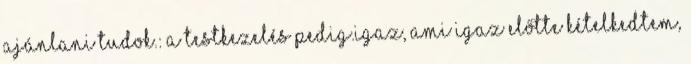
ajánlani tudok.: A testkezelés pedig.igaz, ami igaz előtte kételkedtem,